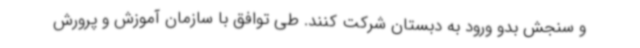
و سنجش بدو ورود به دبستان شرکت کنند. طی توافق با سازمان آموزش و پرورش